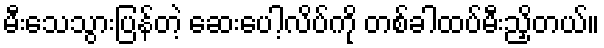
မီးသေသွားပြန်တဲ့ ဆေးပေါ့လိပ်ကို တစ်ခါထပ်မီးညှိတယ်။